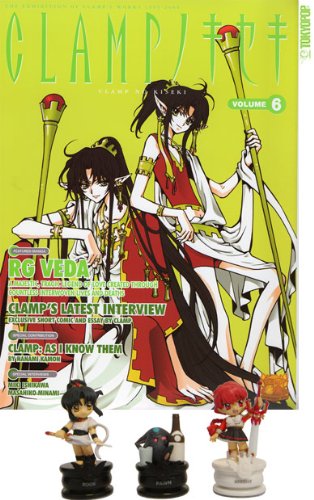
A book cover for The Clamp No Kiseki Magazine Collectible Vol. 06 with Figures Set; Crafts, Hobbies & Home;